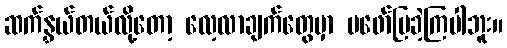
ဆက်နွှယ်တယ်လို့တော့ လေ့လာချက်တွေမှာ မဖော်ပြခဲ့ကြပါဘူး။